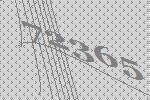
72365